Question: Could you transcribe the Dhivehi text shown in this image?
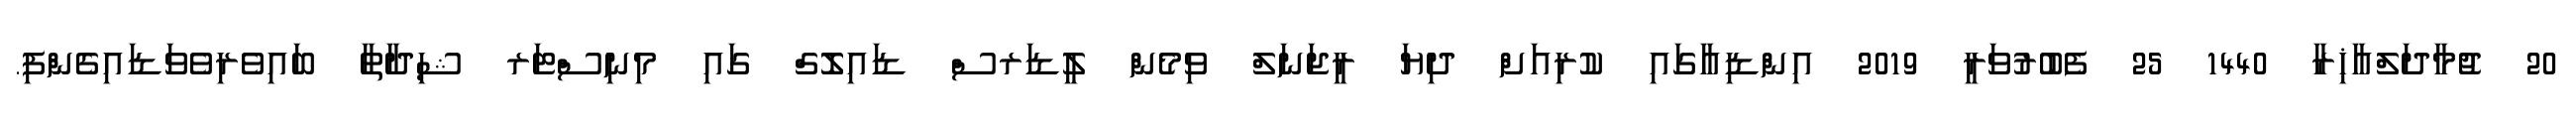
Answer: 20 ޖުމާދަލްއާޚިރާ 1440 25 ފެބުރުވަރީ 2019 އިންޑިއާގައި ކުރިއަށް ދިޔަ ރީޖަނަލް ވިމެން ލީޑަރސް ޑައިލޮގް ގައި މިނިސްޓަރ ޝިދާތާ ބައިވެރިވެވަޑައިގެންފި.